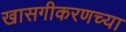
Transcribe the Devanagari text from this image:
खासगीकरणच्या